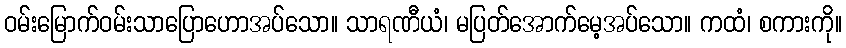
ဝမ်းမြောက်ဝမ်းသာပြောဟောအပ်သော။ သာရဏီယံ၊ မပြတ်အောက်မေ့အပ်သော။ ကထံ၊ စကားကို။